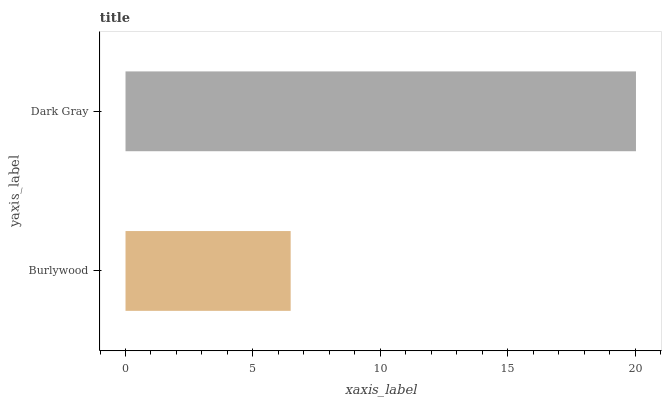
| yaxis_label | bars |
 | --- | --- |
 | Burlywood | 6.48 |
 | Dark Gray | 20 |